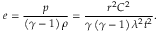
e = \frac { p } { \left( \gamma - 1 \right) \rho } = \frac { r ^ { 2 } C ^ { 2 } } { \gamma \left( \gamma - 1 \right) \lambda ^ { 2 } t ^ { 2 } } .